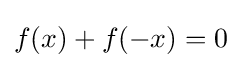
f(x)+f(-x)=0